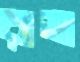
রাভা